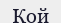
Кой